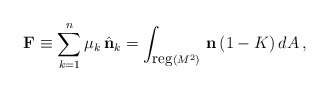
\begin{align*}{\bf F} \equiv \sum_{k=1}^n \mu_k\, \hat{{\bf n}}_k = \int_{{\mbox{\small{reg}}} (M^2)}\, {\bf n}\, (1-K)\, dA\, ,\end{align*}